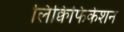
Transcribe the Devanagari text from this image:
लिक्विफिकेशन